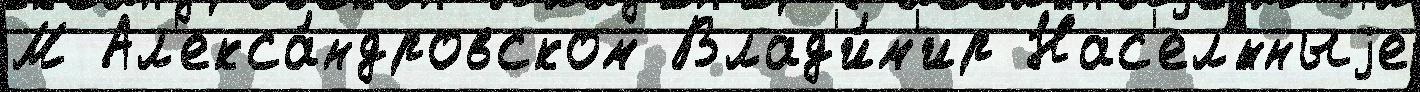
М Ал'екса́ндровском Влад'и́м'ир Нас'ел'́нныjе